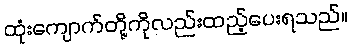
ထုံးကျောက်တို့ကိုလည်းထည့်ပေးရသည်။